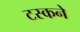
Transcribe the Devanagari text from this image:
टस्कने